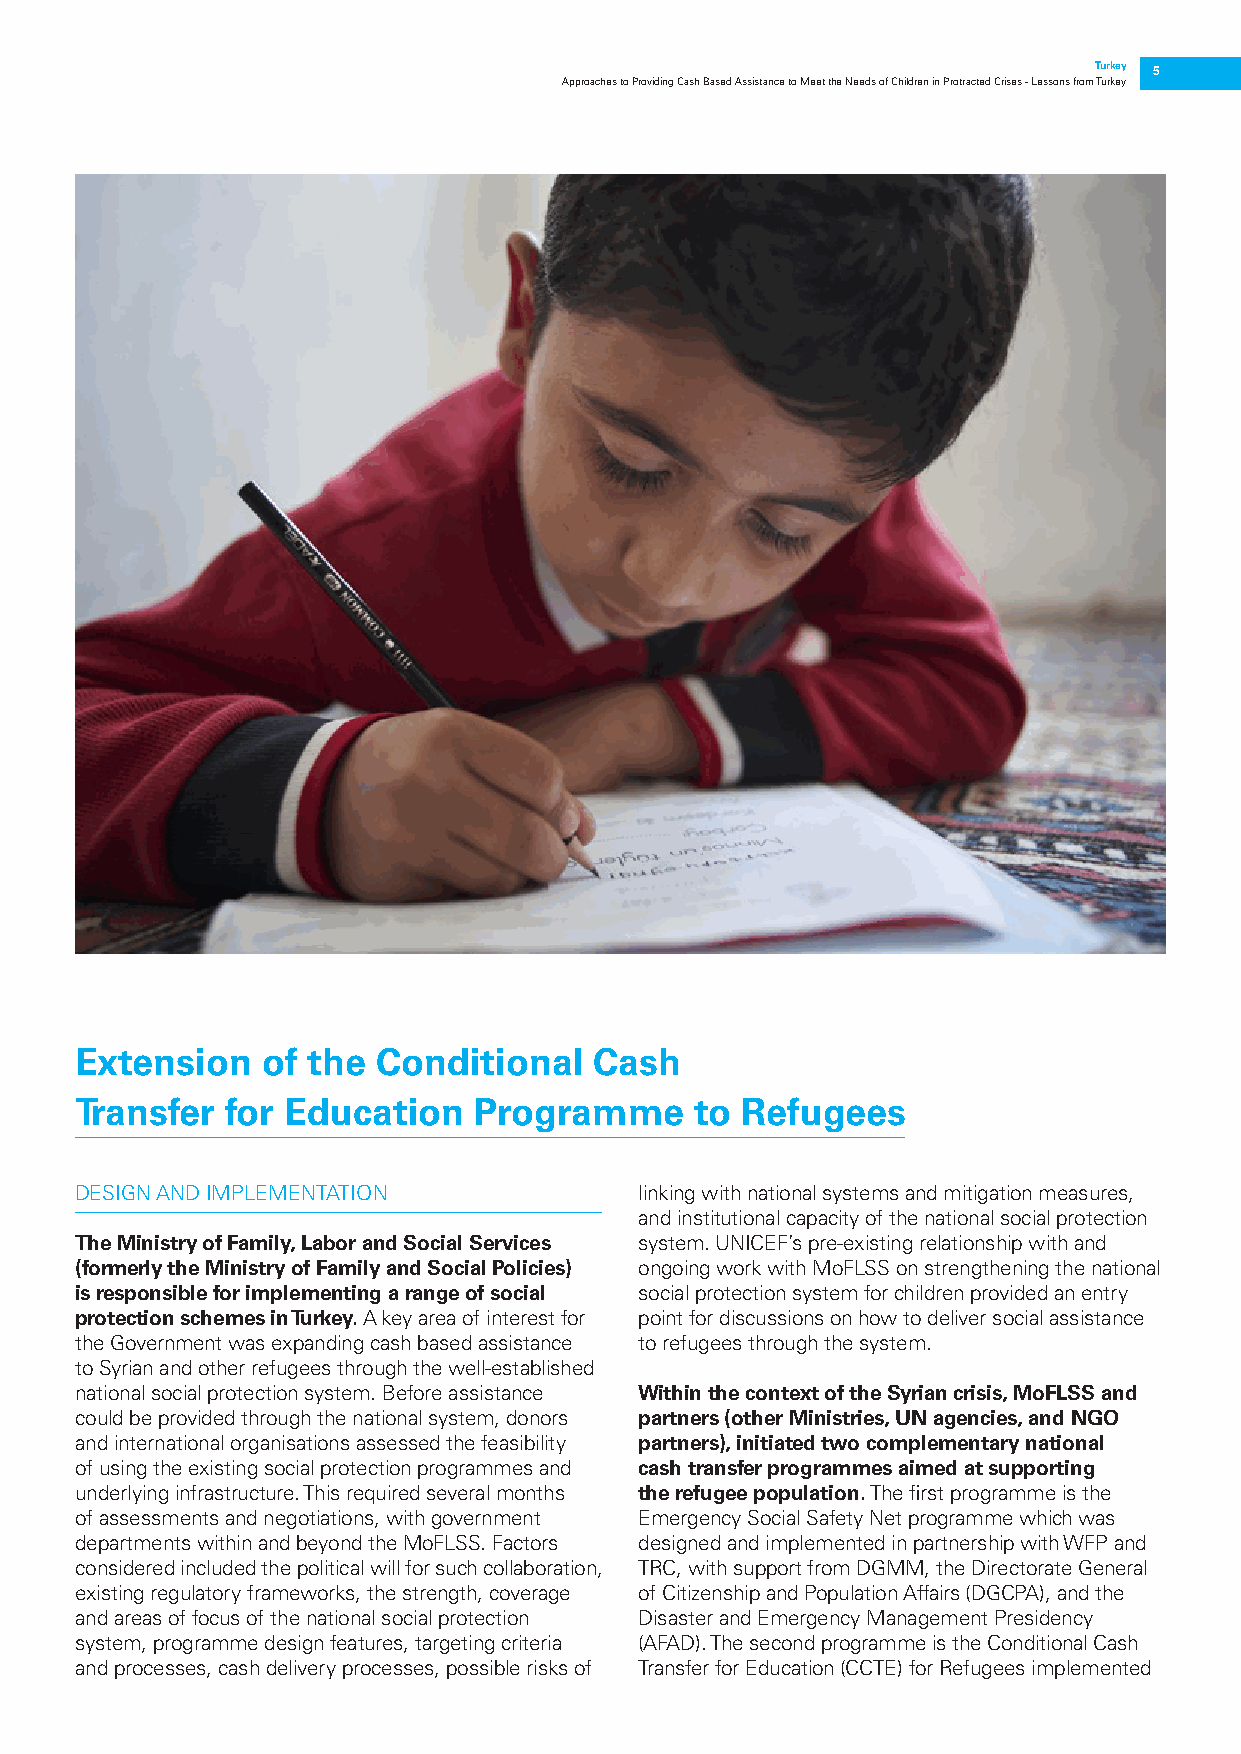
Turkey 5
 Approaches to Providing Cash Based Assistance to Meet the Needs of Children in Protracted Crises - Lessons from Turkey
 Extension   of the  Conditional   Cash
 Transfer  for Education   Programme      to Refugees
 DESIGN AND IMPLEMENTATION            linking with national systems and mitigation measures,
 and institutional capacity of the national social protection
 The Ministry of Family, Labor and Social Services system. UNICEF’s pre-existing relationship with and
 (formerly the Ministry of Family and Social Policies) ongoing work with MoFLSS on strengthening the national
 is responsible for implementing a range of social social protection system for children provided an entry
 protection schemes in Turkey. A key area of interest for point for discussions on how to deliver social assistance
 the Government was expanding cash based assistance to refugees through the system.
 to Syrian and other refugees through the well-established
 national social protection system. Before assistance Within the context of the Syrian crisis, MoFLSS and
 could be provided through the national system, donors partners (other Ministries, UN agencies, and NGO
 and international organisations assessed the feasibility partners), initiated two complementary national
 of using the existing social protection programmes and cash transfer programmes aimed at supporting
 underlying infrastructure. This required several months the refugee population. The first programme is the
 of assessments and negotiations, with government Emergency Social Safety Net programme which was
 departments within and beyond the MoFLSS. Factors designed and implemented in partnership with WFP and
 considered included the political will for such collaboration, TRC, with support from DGMM, the Directorate General
 existing regulatory frameworks, the strength, coverage of Citizenship and Population Affairs (DGCPA), and the
 and areas of focus of the national social protection Disaster and Emergency Management Presidency
 system, programme design features, targeting criteria (AFAD). The second programme is the Conditional Cash
 and processes, cash delivery processes, possible risks of Transfer for Education (CCTE) for Refugees implemented